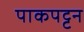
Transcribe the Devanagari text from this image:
पाकपट्टन